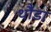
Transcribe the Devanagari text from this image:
थौडा